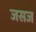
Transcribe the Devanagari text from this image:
जसज